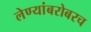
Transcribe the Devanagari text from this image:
लेण्यांबरोबरच